Report on the working of the Ranchi Indian Mental Hospital, Kanke, in Bihar and Orissa - 1930-1940
Year: 1930
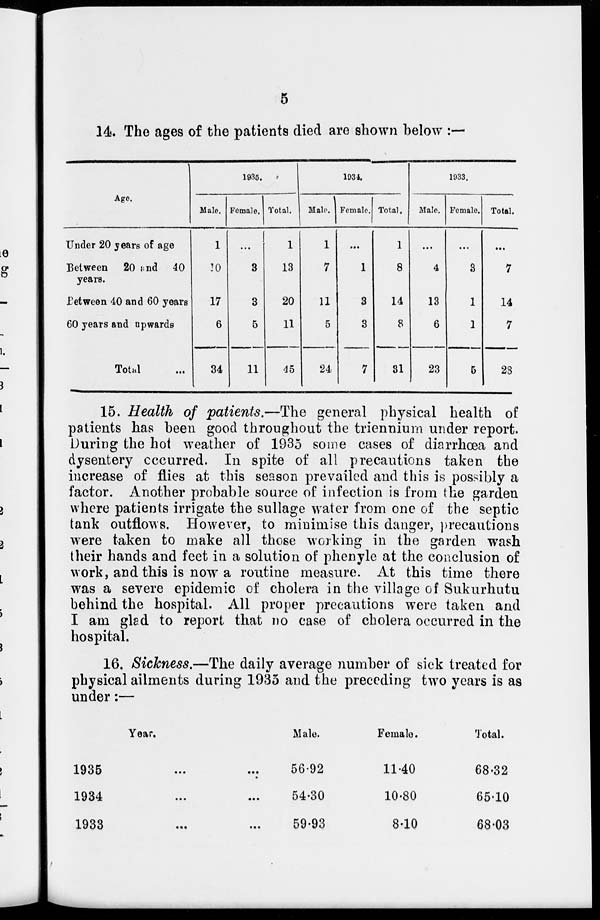
5
14. The ages of the patients died are shown below :—
Age.
Under 20 years of age
Between 20 and 40
years.
Between 40 and 60 years
60 years and upwards
Total ...
1935.
Male.
1
10
17
6
34
Female.
...
3
3
5
11
Total.
1
13
20
11
45
1934.
Male.
1
7
11
5
24
Female.
...
1
3
3
7
Total.
1
8
14
8
31
1933.
Male.
...
4
13
6
23
Female.
...
3
1
1
5
Total.
...
7
14
7
28
15. Health of patients.—The general physical health of
patients has been good throughout the triennium under report.
During the hot weather of 1935 some cases of diarrhœa and
dysentery occurred. In spite of all precautions taken the
increase of flies at this season prevailed and this is possibly a
factor. Another probable source of infection is from the garden
where patients irrigate the sullage water from one of the septic
tank outflows. However, to minimise this danger, precautions
were taken to make all those working in the garden wash
their hands and feet in a solution of phenyle at the conclusion of
work, and this is now a routine measure. At this time there
was a severe epidemic of cholera in the village of Sukurhutu
behind the hospital. All proper precautions were taken and
I am glad to report that no case of cholera occurred in the
hospital.
16. Sickness.—The daily average number of sick treated for
physical ailments during 1935 and the preceding two years is as
under:—
Year.
1935 ... ...
1934 ... ...
1933
...
...
Male.
56.92
54.30
59.93
Female.
11.40
10.80
8.10
Total.
68.32
65.10
68.03